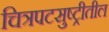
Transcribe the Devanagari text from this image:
चित्रपटसुष्ट्रीतील